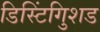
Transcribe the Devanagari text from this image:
डिस्टिंगुिशड